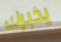
يخبرك